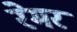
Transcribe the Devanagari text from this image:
रेमर